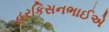
હરકિસનભાઈએ